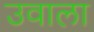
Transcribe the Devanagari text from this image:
उवाला